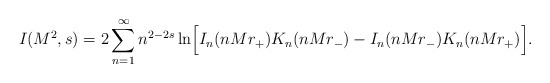
\begin{align*}I(M^{2},s)=2\sum_{n=1}^{\infty}n^{2-2s}\ln \Bigr[I_{n}(nMr_{+})K_{n}(nMr_{-})-I_{n}(nMr_{-})K_{n}(nMr_{+})\Bigr].\end{align*}